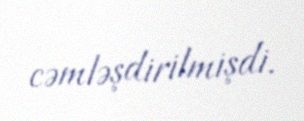
cəmləşdirilmişdi.